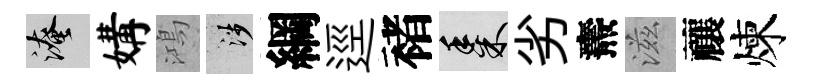
淹媾鴻涉綱逕褚黍劣燾滋禳煉